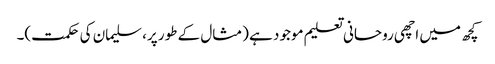
کچھ میں اچھی روحانی تعلیم موجود ہے (مثال کے طور پر، سلیمان کی حکمت)۔